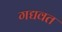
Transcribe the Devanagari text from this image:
गद्यवत